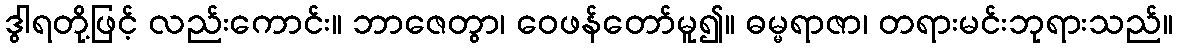
ဒွါရတို့ဖြင့် လည်းကောင်း။ ဘာဇေတွာ၊ ဝေဖန်တော်မူ၍။ ဓမ္မရာဇာ၊ တရားမင်းဘုရားသည်။